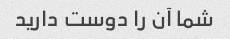
شما آن را دوست دارید